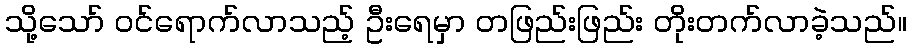
သို့သော် ဝင်ရောက်လာသည့် ဦးရေမှာ တဖြည်းဖြည်း တိုးတက်လာခဲ့သည်။